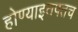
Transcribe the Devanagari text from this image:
होण्याइतपतच